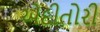
એદીતોરી